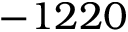
- 1 2 2 0